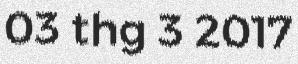
03 thg 3 2017